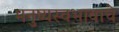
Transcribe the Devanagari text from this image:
मनुष्यस्वभावाचे